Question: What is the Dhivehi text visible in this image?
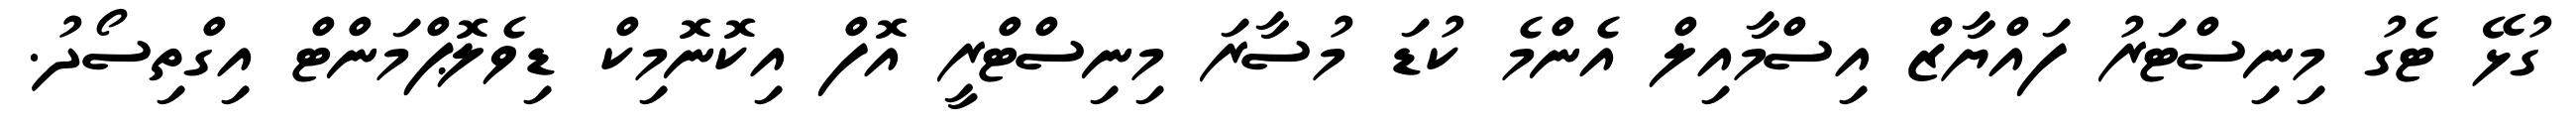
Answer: ގުޅޭ ޓެގު މިނިސްޓަރު ފައްޔާޒް އިސްމާއިލް އެންމެ ކުޑަ މުސާރަ މިނިސްޓްރީ އޮފް އިކޮނޮމިކް ޑިވެލޮޕްމަންޓް އިގްތިސޯދު.